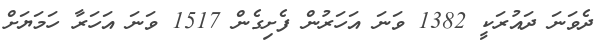
ދެވަނަ ދައުރަކީ 1382 ވަނަ އަހަރުން ފެށިގެން 1517 ވަނަ އަހަރާ ހަމަޔަށް